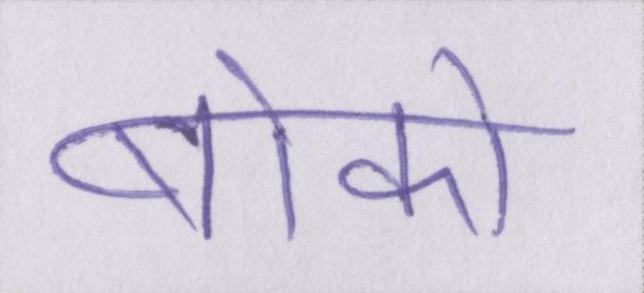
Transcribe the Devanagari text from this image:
बोको